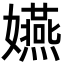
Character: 嬿